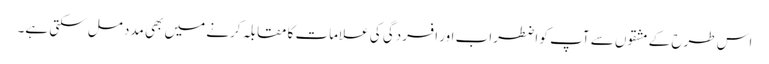
اس طرح کے مشقوں سے آپ کو اضطراب اور افسردگی کی علامات کا مقابلہ کرنے میں بھی مدد مل سکتی ہے۔